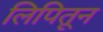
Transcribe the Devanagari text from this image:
लिपितून